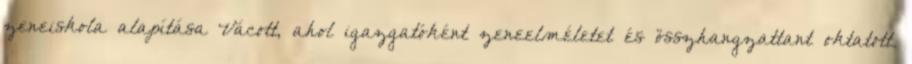
zeneiskola alapítása Vácott, ahol igazgatóként zeneelméletet és összhangzattant oktatott.